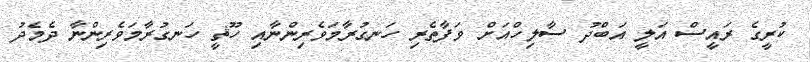
ކުރީގެ ރައީސް އަލީ އަބްދު ސާލިހްއަށް ވަފާތެރި ހަނގުރާމަވެރިންނާއި ހޫޘީ ހަނގުރާމަވެރިންނާ ދެމެދު